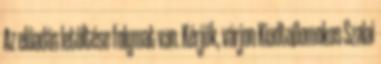
Az előadás letöltése folymat van. Kérjük, várjon KiadtaDomokos Szalai